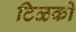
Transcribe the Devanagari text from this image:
टिळको